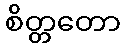
စိတ္တတော